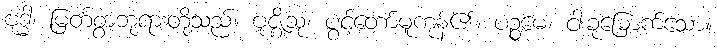
ဗုဒ္ဓါ၊ မြတ်စွာဘုရားတို့သည်။ ဗုဇ္ဈိံသု၊ ပွင့်တော်မူကုန်၏။ ပဉ္စမေ၊ ငါးခုမြောက်သော။